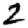
Digit: 2